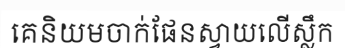
គេនិយមចាក់ផែនស្វាយលើស្លឹក